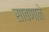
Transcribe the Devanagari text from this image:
साबणाने